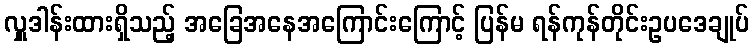
လှူဒါန်းထားရှိသည့် အခြေအနေအကြောင်းကြောင့် ပြန်မ ရန်ကုန်တိုင်းဥပဒေချုပ်